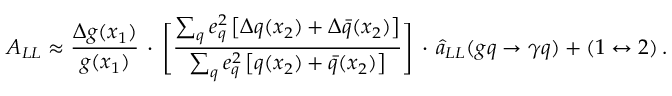
A _ { L L } \approx \frac { \Delta g ( x _ { 1 } ) } { g ( x _ { 1 } ) } \, \cdot \, \Bigg [ \frac { \sum _ { q } e _ { q } ^ { 2 } \left[ \Delta q ( x _ { 2 } ) + \Delta \bar { q } ( x _ { 2 } ) \right] } { \sum _ { q } e _ { q } ^ { 2 } \left[ q ( x _ { 2 } ) + \bar { q } ( x _ { 2 } ) \right] } \Bigg ] \, \cdot \, \hat { a } _ { L L } ( g q \rightarrow \gamma q ) + ( 1 \leftrightarrow 2 ) \, .